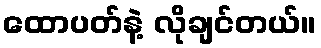
ထောပတ်နဲ့ လိုချင်တယ်။